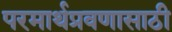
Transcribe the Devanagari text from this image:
परमार्थप्रवणासाठी